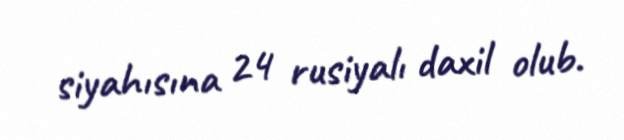
siyahısına 24 rusiyalı daxil olub.